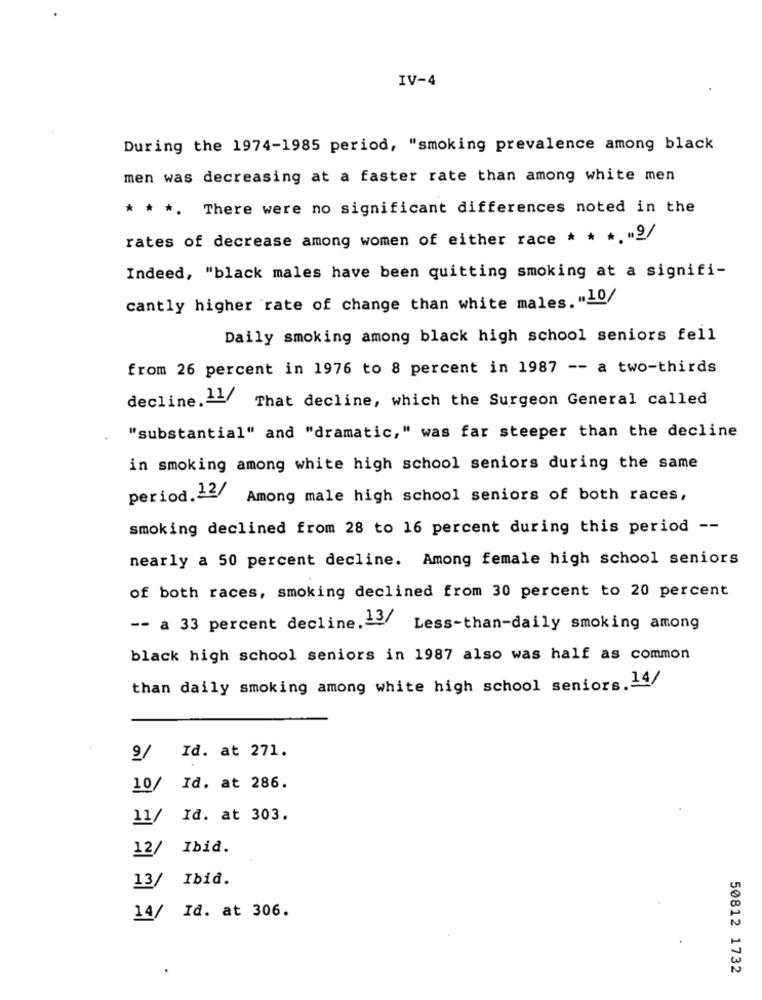
IV-4
During the 1974-1985 period, "smoking prevalence among black
men was decreasing at a faster rate than among white men
* * *. There were no significant differences noted in the
rates of decrease among women of either race * * *. "9/
Indeed, "black males have been quitting smoking at a signifi-
cantly higher rate of change than white males. "10/
Daily smoking among black high school seniors fell
from 26 percent in 1976 to 8 percent in 1987 -- a two-thirds
decline.1- That decline, which the Surgeon General called
"substantial" and "dramatic," was far steeper than the decline
in smoking among white high school seniors during the same
period. 12/
Among male high school seniors of both races,
smoking declined from 28 to 16 percent during this period --
nearly a 50 percent decline. Among female high school seniors
of both races, smoking declined from 30 percent to 20 percent
-- a 33 percent decline.13/
Less-than-daily smoking among
black high school seniors in 1987 also was half as common
than daily smoking among white high school seniors.14/
9/ Id. at 271.
10/ Id. at 286.
11/ Id. at 303.
12/ Ibid.
13/ Ibid.
14/ Id. at 306.
50812 1732